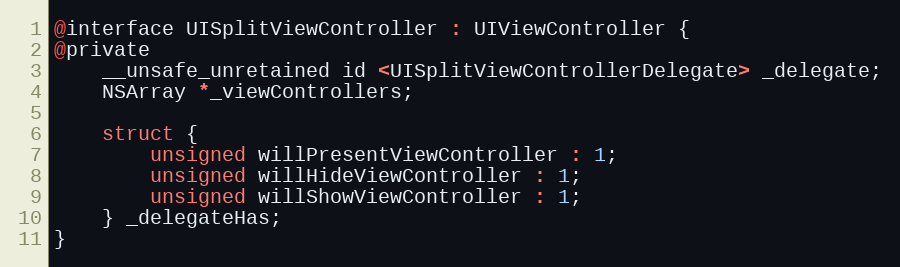
Language: C
@interface UISplitViewController : UIViewController {
@private
    __unsafe_unretained id <UISplitViewControllerDelegate> _delegate;
    NSArray *_viewControllers;

    struct {
        unsigned willPresentViewController : 1;
        unsigned willHideViewController : 1;
        unsigned willShowViewController : 1;
    } _delegateHas;
}